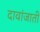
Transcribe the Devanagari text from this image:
दावांजाती